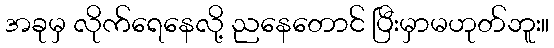
အခုမှ လိုက်ရေနေလို့ ညနေတောင် ပြီးမှာမဟုတ်ဘူး။